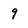
Character: 9